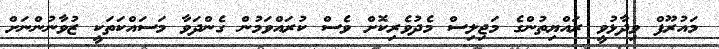
މައުރޫފް ވިދާޅުވީ ރައްޔިތުންގެ މަޖިލިސް މެދުވެރިކޮށް ވެސް ކުރައްވަމުން ގެންދަވާ މަސައްކަތަކީ ޒުވާނުންނަށް